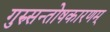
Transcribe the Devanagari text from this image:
गुरुसन्तोषकारणम्